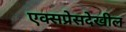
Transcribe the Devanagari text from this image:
एक्सप्रेसदेखील